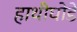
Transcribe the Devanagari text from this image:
हाथीघोडे